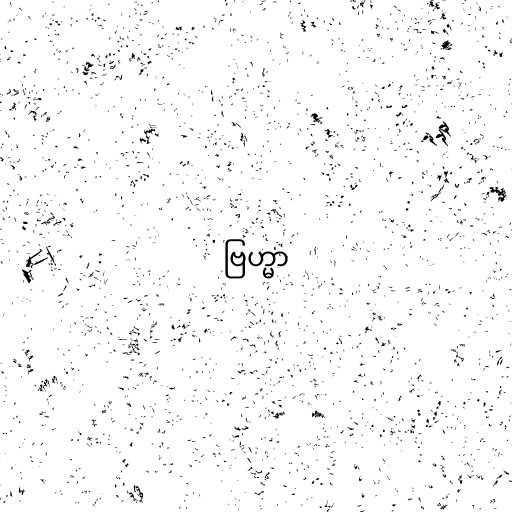
ဗြဟ္မာ